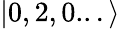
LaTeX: |0,2,0...\rangle